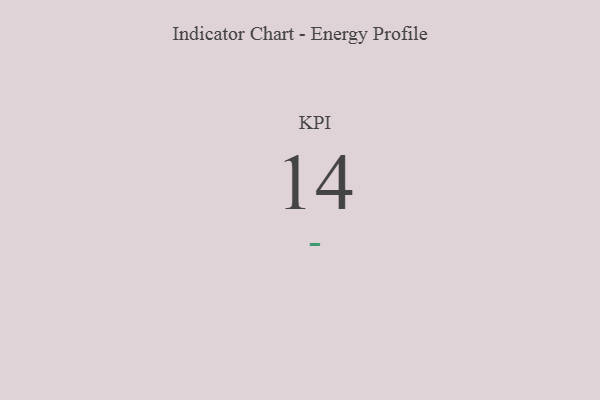
{"axis": {"x": "KPI", "y": "Value"}, "legend": [""], "data": [{"x": "KPI", "y": 14, "type": ""}]}